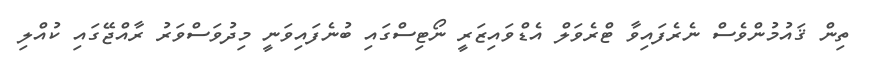
ތިން ޤައުމުންވެސް ނެރެފައިވާ ޓްރެވަލް އެޑްވައިޒަރީ ނޯޓިސްގައި ބުނެފައިވަނީ މިދުވަސްވަރު ރާއްޖޭގައި ކުއްލި